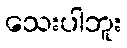
သေးပါဘူး